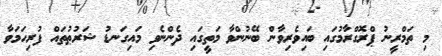
މި ތަމްރީނު ޕްރޮގްރާމުގައި ބައިވެރިވާން ބޭނުންވާ މަތީގައި ދެންނެވި މައިގަނޑު ޝަރުޠުތައް ފުރިހަމަވާ